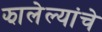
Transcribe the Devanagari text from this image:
झालेल्यांचे